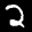
Label: 2